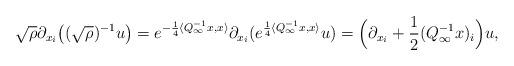
LaTeX: \begin{align*}\sqrt{\rho}\partial_{x_i}\big((\sqrt{\rho})^{-1}u\big)=e^{-\frac{1}{4}\langle Q_{\infty}^{-1}x,x\rangle}\partial_{x_i}(e^{\frac{1}{4}\langle Q_{\infty}^{-1}x,x\rangle}u)=\Big(\partial_{x_i}+\frac{1}{2}(Q_{\infty}^{-1}x)_i\Big)u,\end{align*}